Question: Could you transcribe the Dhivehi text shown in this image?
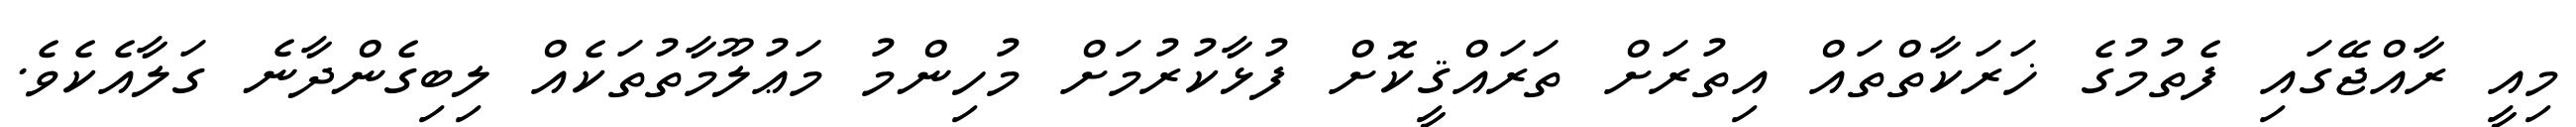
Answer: މިއީ ރާއްޖޭގައި ފެތުމުގެ ޚަރަކާތްތައް އިތުރަށް ތަރައްޤީކޮށް ފުޅާކުރުމަށް މުހިންމު މަޢުލޫމާތުތަކެއް ލިބިގެންދާނެ ގަލާއެކެވެ.